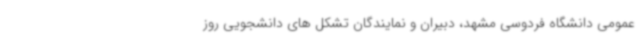
عمومی دانشگاه فردوسی مشهد، دبیران و نمایندگان تشکل های دانشجویی روز